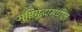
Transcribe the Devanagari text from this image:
मुष्टियुद्धामधील